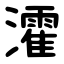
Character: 瀖